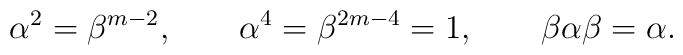
\alpha^2 = \beta^{m-2},\qquad  \alpha^4=\beta^{2m-4}=1,\qquad\beta \alpha \beta = \alpha.